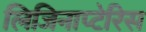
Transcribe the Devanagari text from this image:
लिजिनाप्टेरिस